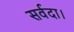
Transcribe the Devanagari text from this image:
सर्वदा।